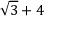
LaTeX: { \sqrt { 3 } } + 4